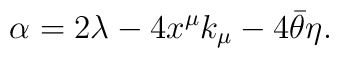
\alpha=2\lambda-4x^\mu k_\mu-4\bar\theta\eta.